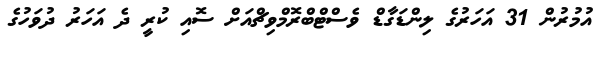
އުމުރުން 31 އަހަރުގެ ލިންޑަގާޑް ވެސްޓްބްރޮމްވިޗްއަށް ސޮއި ކުރީ ދެ އަހަރު ދުވަހުގެ